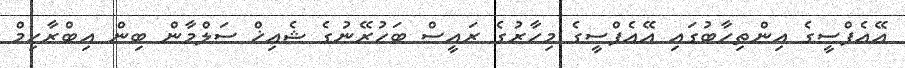
އޭއެފްސީގެ އިންތިހާބުގައި އޭއެފްސީގެ މިހާރުގެ ރައީސް ބަހުރޭނުގެ ޝެއިޚް ސަލްމާން ބިން އިބްރާހިމް